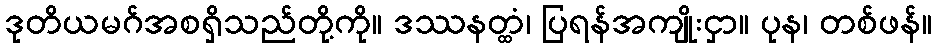
ဒုတိယမဂ်အစရှိသည်တို့ကို။ ဒဿနတ္ထံ၊ ပြရန်အကျိုးငှာ။ ပုန၊ တစ်ဖန်။